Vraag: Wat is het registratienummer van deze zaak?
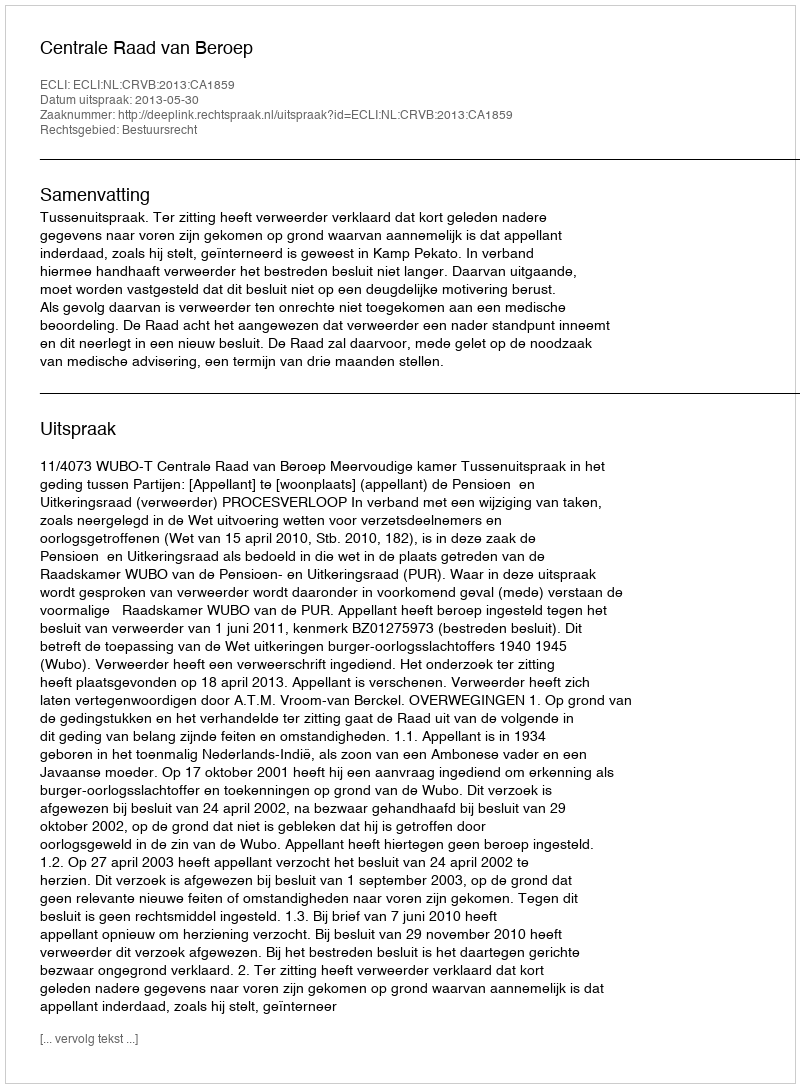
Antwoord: http://deeplink.rechtspraak.nl/uitspraak?id=ECLI:NL:CRVB:2013:CA1859